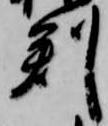
判